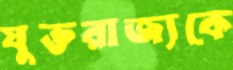
যুক্তরাজ্যকে